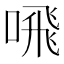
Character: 𫫁